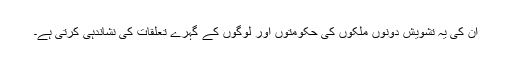
ان کی یہ تشویش دونوں ملکوں کی حکومتوں اور لوگوں کے گہرے تعلقات کی نشاندہی کرتی ہے۔